Annual report of the Bengal Veterinary College and of the Civil Veterinary Department, Bengal, for the year 1917-18 - 1917-1918
Year: 1917
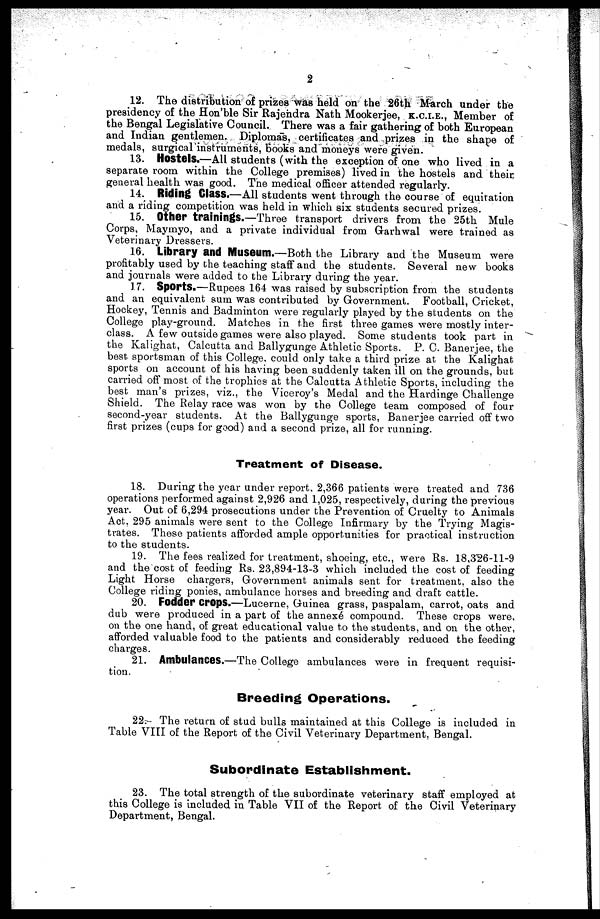
2
12. The distribution of prizes was held on the 26th March under the
presidency of the Hon'ble Sir Rajendra Nath Mookerjee, K.C.I.E., Member of
the Bengal Legislative Council. There was a fair gathering of both European
and Indian gentlemen. Diplomas, certificates and prizes in the shape of
medals, surgical instruments, books and moneys were given.
13. Hostels.—All students (with the exception of one who lived in a
separate room within the College premises) lived in the hostels and their
general health was good. The medical officer attended regularly.
14. Riding Class.—All students went through the course of equitation
and a riding competition was held in which six students secured prizes.
15. Other trainings.—Three transport drivers from the 25th Mule
Corps, Maymyo, and a private individual from Grarhwal were trained as
Veterinary Dressers.
16. Library and Museum.—Both the Library and the Museum were
profitably used by the teaching staff and the students. Several new books
and journals were added to the Library during the year.
17. Sports.—Rupees 164 was raised by subscription from the students
and an equivalent sum was contributed by Government. Football, Cricket,
Hockey, Tennis and Badminton were regularly played by the students on the
College play-ground. Matches in the first three games were mostly inter-
class. A few outside games were also played. Some students took part in
the Kalighat, Calcutta and Ballygunge Athletic Sports. P. C. Banerjee, the
best sportsman of this College, could only take a third prize at the Kalighat
sports on account of his having been suddenly taken ill on the grounds, but
carried off most of the trophies at the Calcutta Athletic Sports, including the
best man's prizes, viz., the Viceroy's Medal and the Hardinge Challenge
Shield. The Relay race was won by the College team composed of four
second-year students. At the Ballygunge sports, Banerjee carried off two
first prizes (cups for good) and a second prize, all for running.
Treatment of Disease.
18. During the year under report, 2,366 patients were treated and 736
operations performed against 2,926 and 1,025, respectively, during the previous
year. Out of 6,294 prosecutions under the Prevention of Cruelty to Animals
Act. 295 animals were sent to the College Infirmary by the Trying Magis-
trates. These patients afforded ample opportunities for practical instruction
to the students.
19. The fees realized for treatment, shoeing, etc., were Rs. 18,326-11-9
and the cost of feeding Rs. 23,894-13-3 which included the cost of feeding
Light Horse chargers, Government animals sent for treatment, also the
College riding ponies, ambulance horses and breeding and draft cattle.
20. Fodder crops.—Lucerne, Guinea grass, paspalam, carrot, oats and
dub were produced in a part of the annexé compound. These crops were,
on the one hand, of great educational value to the students, and on the other,
afforded valuable food to the patients and considerably reduced the feeding
charges.
21. Ambulances.—The College ambulances were in frequent requisi-
tion.
Breeding Operations.
22. The return of stud bulls maintained at this College is included in
Table VIII of the Report of the Civil Veterinary Department. Bengal.
Subordinate Establishment.
23. The total strength of the subordinate veterinary staff employed at
this College is included in Table VII of the Report of the Civil Veterinary
Department, Bengal.